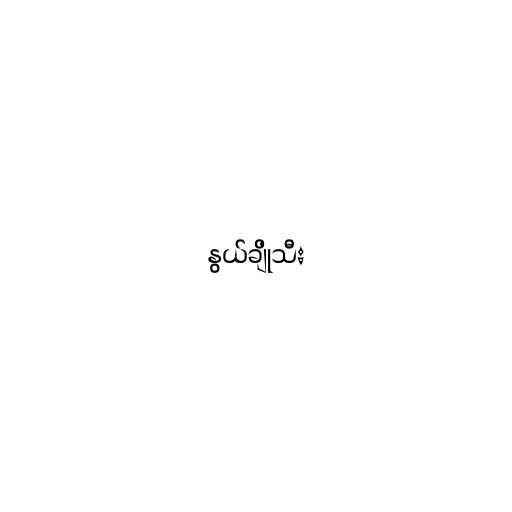
နွယ်ချိုသီး